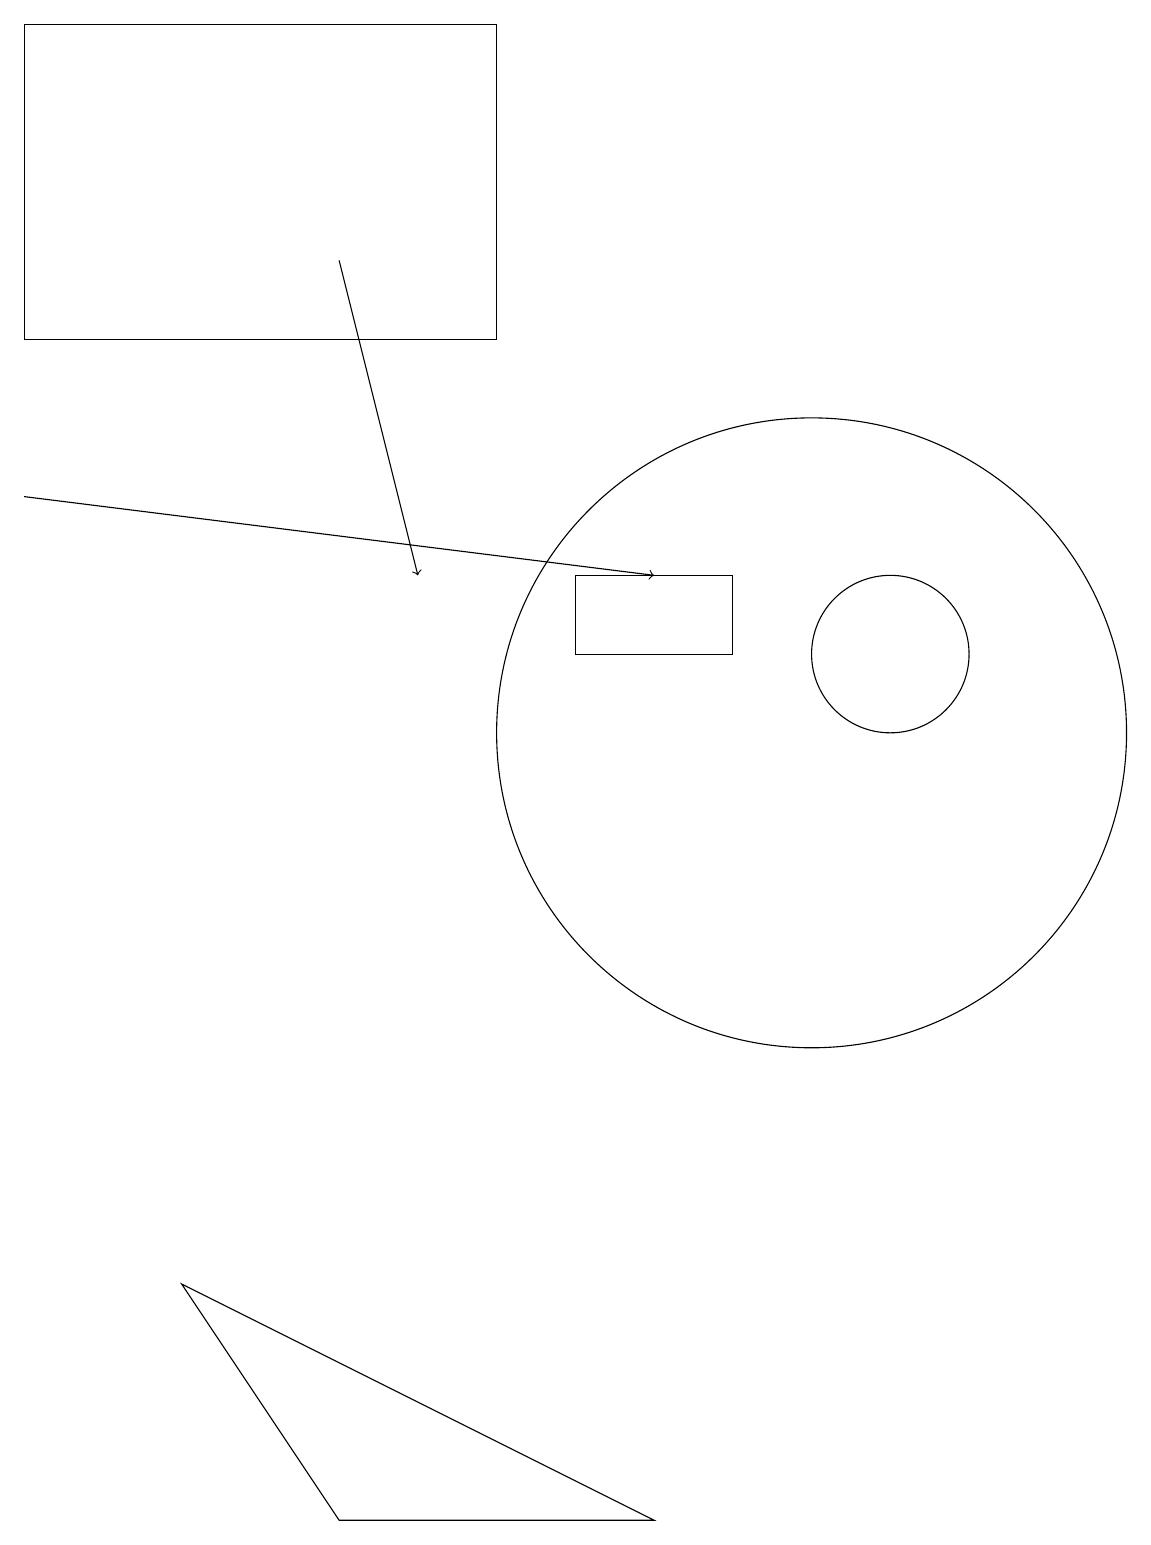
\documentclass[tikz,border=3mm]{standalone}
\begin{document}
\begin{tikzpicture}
\draw (10,10) circle (4);
\draw (9,12) rectangle (7,11);
\draw (11,11) circle (1);
\draw[->] (4,16) -- (5,12);
\draw[->] (0,13) -- (8,12);
\draw (6,15) rectangle (0,19);
\draw (2,3) -- (8,0) -- (4,0) -- cycle;
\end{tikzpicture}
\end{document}